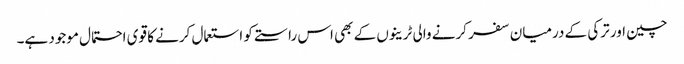
چین اور ترکی کے درمیان سفر کرنے والی ٹرینوں کے بھی اس راستے کو استعمال کرنے کا قوی احتمال موجود ہے۔